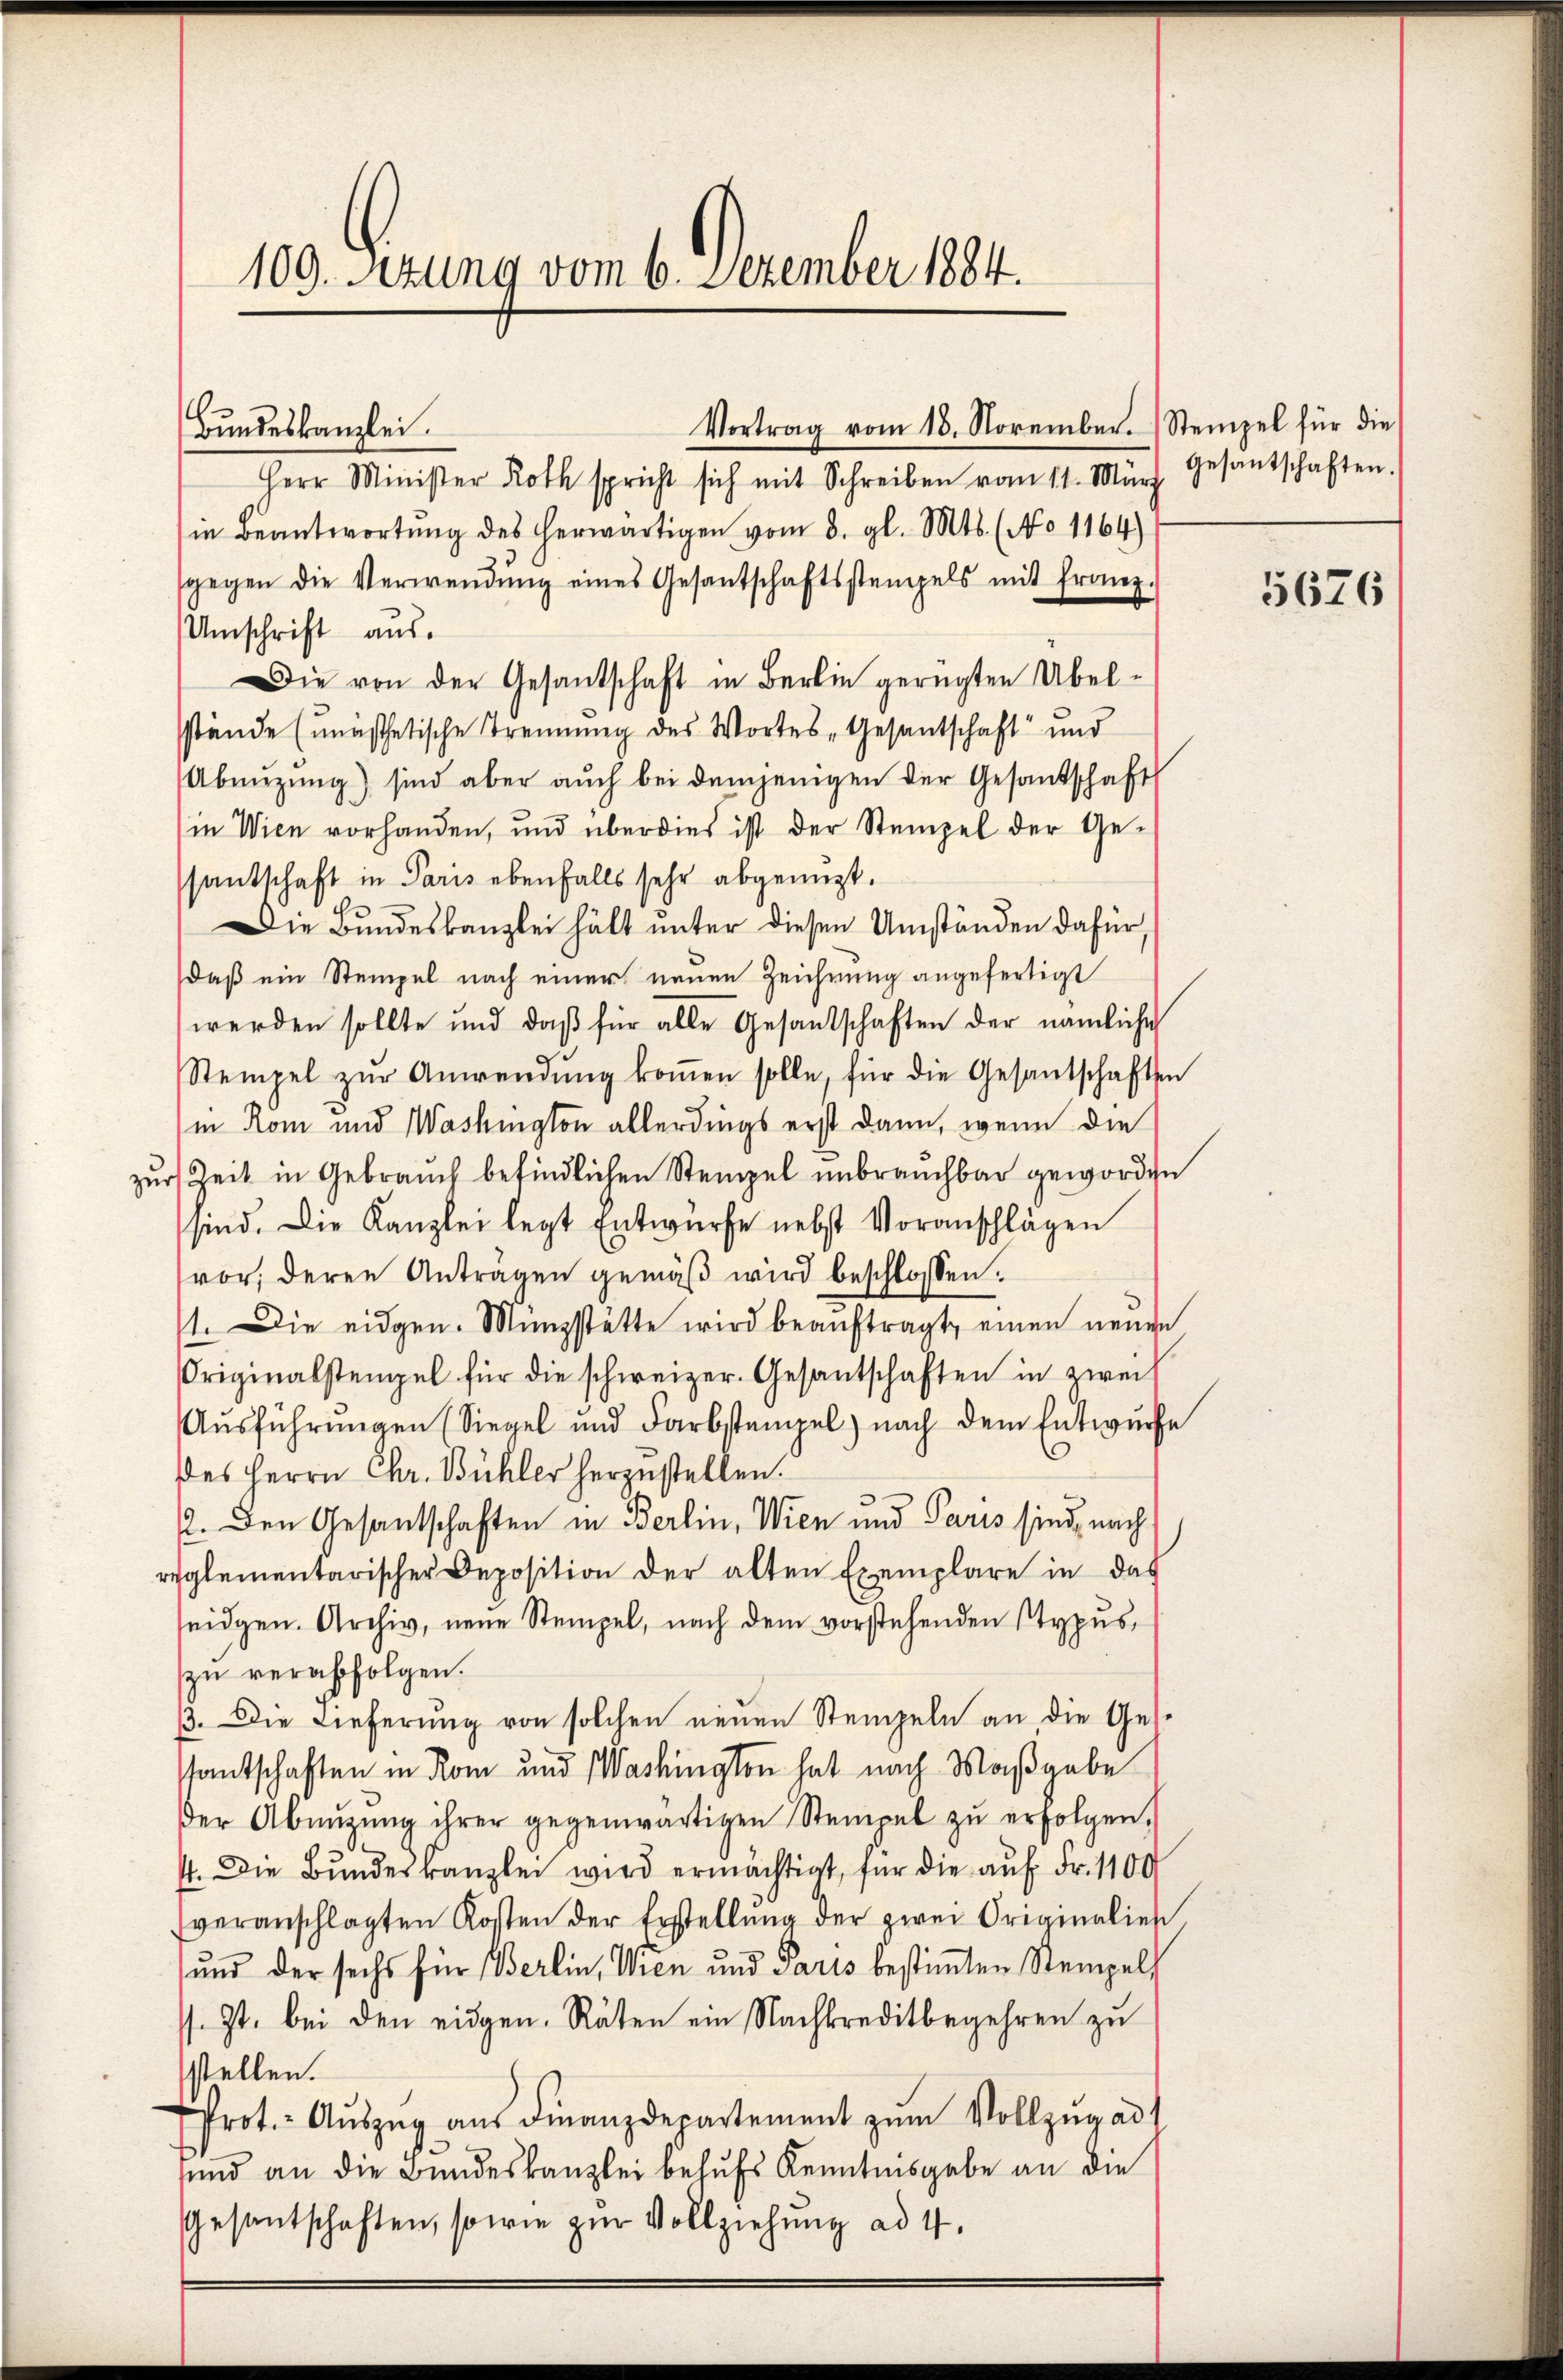
109. Sezung vom 6. Dezember 1884.

Vortrag vom 18. November. Stempel für die
Herr Minister Roth spricht sich mit Schreiben vom 11. März, Gesantschaften.
in Beantwortŭng des herwärtigen vom 3. gl. Mts. (No 1164)
gegen die Verwendŭng eines Gesantschaftsstempels mit franz.
Umschrift aus.
Die von der Gesandschaft in Berlin gerügten Übel-
sstände (unästhetische Trennung des Wortes Gesantschaft und
Abeizung) sind aber auch bei demjenigen der Gesandschaft
in Wien vorhanden, und überdies ist der Stempel der Ge-
santschaft in Paris ebenfalls sehr abgenugt.
Die Bundeskanzlei hält unter diesen Umständen dafür.
daß ein Stempel nach einer neuen Zeichnung angefertigt
werden sollte und daß für alle Gesandschaften der nämliche
Stempel zŭr Anwendŭng koṁen solle, für die Gesantschaften
in Rom und Washington allerdings erst dann, wenn die
zur Zeit in Gebrauch befindlichen Stempel unbrauchbar geworden
sind. Die Kanzlei legt Entwürfe nebst Voranschlägen
vor; deren Anträgen gemäβ wird beschlossen:
11. Die eidgen. Münzstätte wird beauftragt, einen neuen
Originalstempel für die schweizer. Gesantschaften in zwei
Aŭsführŭngen (Siegel und Farbstempel) nach dem Entwurfe
des Herrn Chr. Bühler herzustellen.
2. Den Gesantschaften in Berlin, Wien und Paris sind, nach
reglementarischer Deposition der alten Exemplare in das
seidgen. Archiv, neŭe Stempel, nach dem vorstehenden Stypus,
zu verabfolgen.
33. Die Lieferung von solchen neuen Stempeln an die Gestantschaften in Rom und Washington hat nach Maßgabe
der Abnŭzŭng ihrer gegenwärtigen Stempel zŭ erfolgen.
4. Die Bŭndeskanzlei wird ermächtigt, für die auf Fr. 1100
veranschlagten Kosten der Erstellŭng der zwei Originalien.
und der sechs für Berlin, Wien und Paris bestimmten Stempel¬
. Zt. bei den eidgen. Räten ein Nachkreditbegehren zu
stellen.
Prot.- Aŭszŭg aŭs Finanzdepartement zŭm Vollzŭg ad 1
sund an die Bundeskanzlei behufs Kenntnisgabe an die
Gesantschaften, sowie zur Vollziehung ad 4.

Bundeskanzlei.

5676